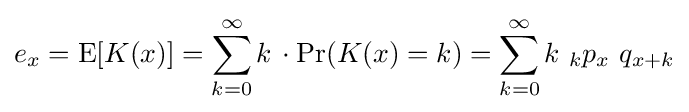
e_{x}=\operatorname {E} [K(x)]=\sum _{k=0}^{\infty }k\,\cdot \Pr(K(x)=k)=\sum _{k=0}^{\infty }k\,\,_{k}p_{x}\,\,q_{x+k}